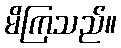
မိကြသည်။